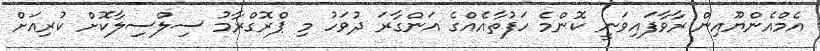
އެމްއެންޔޫއިން ރާވާފައިވަނީ ކޮންމެ ހަފުތާއެއްގެ އަންގާރަ ދުވަހު މި ޕްރޮގްރާމު ސިލްސިލާކޮށް ކުރިއަށް